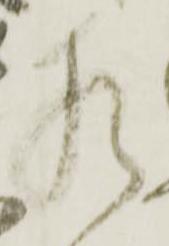
相